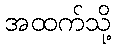
အထက်သို့